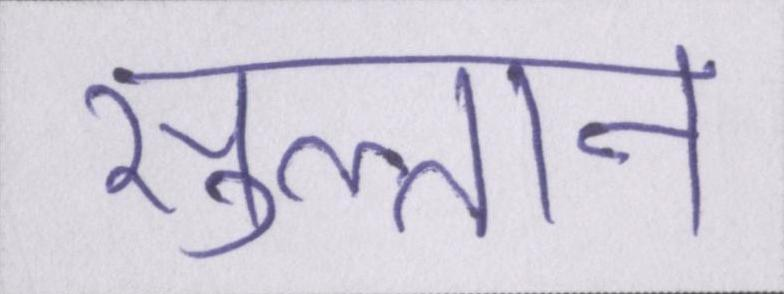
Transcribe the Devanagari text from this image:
सुल्तान